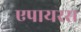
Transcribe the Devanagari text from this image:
एपायरस